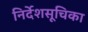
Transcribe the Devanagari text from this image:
निर्देशसूचिका